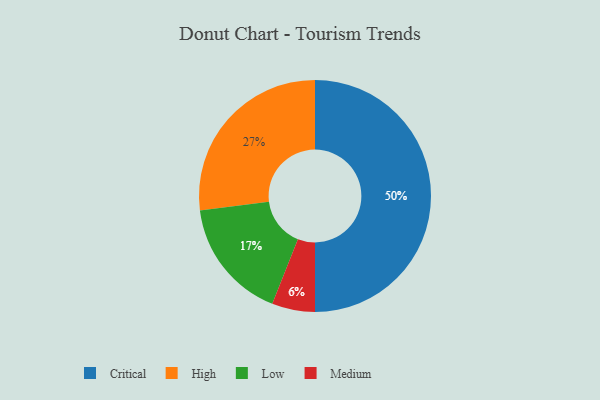
{"axis": {"x": "Category", "y": "Percentage"}, "legend": ["Critical", "High", "Low", "Medium"], "data": [{"x": "High", "y": 27, "type": "High"}, {"x": "Medium", "y": 6, "type": "Medium"}, {"x": "Low", "y": 17, "type": "Low"}, {"x": "Critical", "y": 50, "type": "Critical"}]}